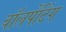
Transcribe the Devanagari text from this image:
वॉलपेंटिंग